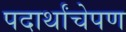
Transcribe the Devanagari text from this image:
पदार्थांचेपण